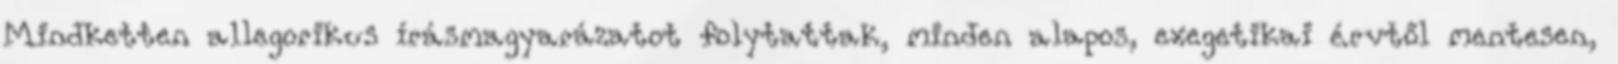
Mindketten allegorikus írásmagyarázatot folytattak, minden alapos, exegetikai érvtől mentesen,